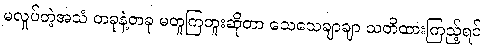
မလှုပ်တဲ့အသံ တခုနဲ့တခု မတူကြဘူးဆိုတာ သေသေချာချာ သတိထားကြည့်ရင်